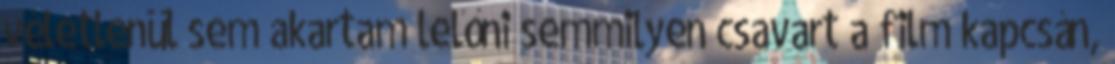
véletlenül sem akartam lelőni semmilyen csavart a film kapcsán,